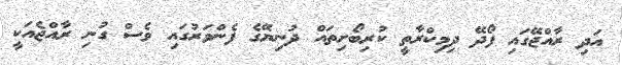
އަދި ރާއްޖޭގައި ފޯދޭ ދިމިކްރާތީ ކުރިބޯށިތައް ދުނިޔޭގެ ފެންވަރުގައި ވެސް ގުނި ރާއްޖެއަކީ